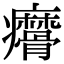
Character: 𤼑